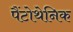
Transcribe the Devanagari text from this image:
पैंटोथेनिक